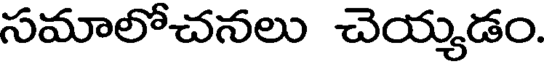
సమాలోచనలు చెయ్యడం.